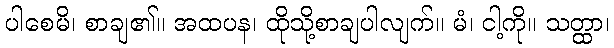
ပါစေမိ၊ စာချ၏။ အထပန၊ ထိုသို့စာချပါလျက်။ မံ၊ ငါ့ကို။ သတ္ထာ၊